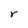
Character: r